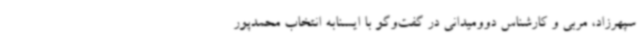
سپهرزاد، مربی و کارشناس دوومیدانی در گفت‌وگو با ایسنابه انتخاب محمدپور